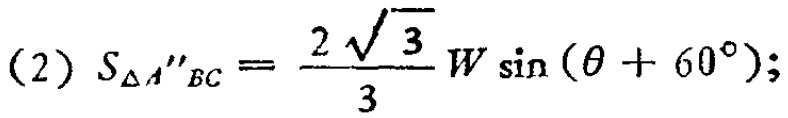
(2) \(S_{\triangle A^{\prime\prime}BC}=\frac{2\sqrt{3}}{3}W\sin(\theta + 60^{\circ});\)